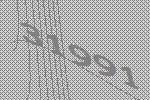
31991